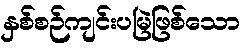
နှစ်စဉ်ကျင်းပမြဲဖြစ်သော